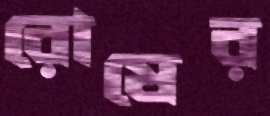
রোষের